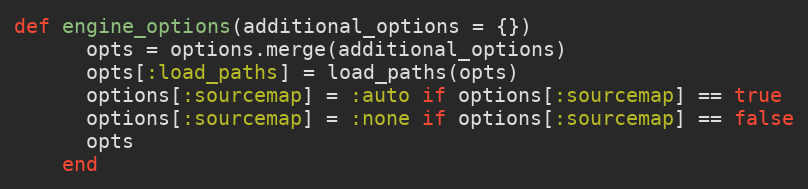
Language: Ruby
def engine_options(additional_options = {})
      opts = options.merge(additional_options)
      opts[:load_paths] = load_paths(opts)
      options[:sourcemap] = :auto if options[:sourcemap] == true
      options[:sourcemap] = :none if options[:sourcemap] == false
      opts
    end